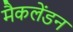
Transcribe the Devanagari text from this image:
मैकलेंडन